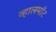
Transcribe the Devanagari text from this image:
व्हालमाँट